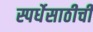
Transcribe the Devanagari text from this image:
स्पर्धेसाठीची